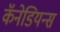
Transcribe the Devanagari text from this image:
कॅनेडियन्स